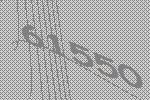
61550